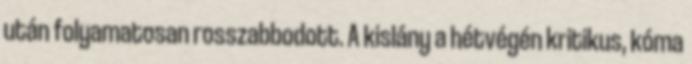
után folyamatosan rosszabbodott. A kislány a hétvégén kritikus, kóma